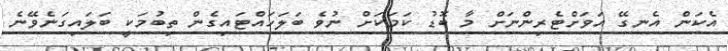
އެކަން އެނގޭ އަވަށްޓެރިންނަށް މާ ބޮޑު ކަމަކަށް ނުވެ ބަލަހައްޓައިގެން ތިބުމަކީ ބަލައިގަނެވޭނެ